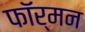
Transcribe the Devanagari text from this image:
फॉर्मन